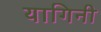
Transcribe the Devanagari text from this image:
यागिनी